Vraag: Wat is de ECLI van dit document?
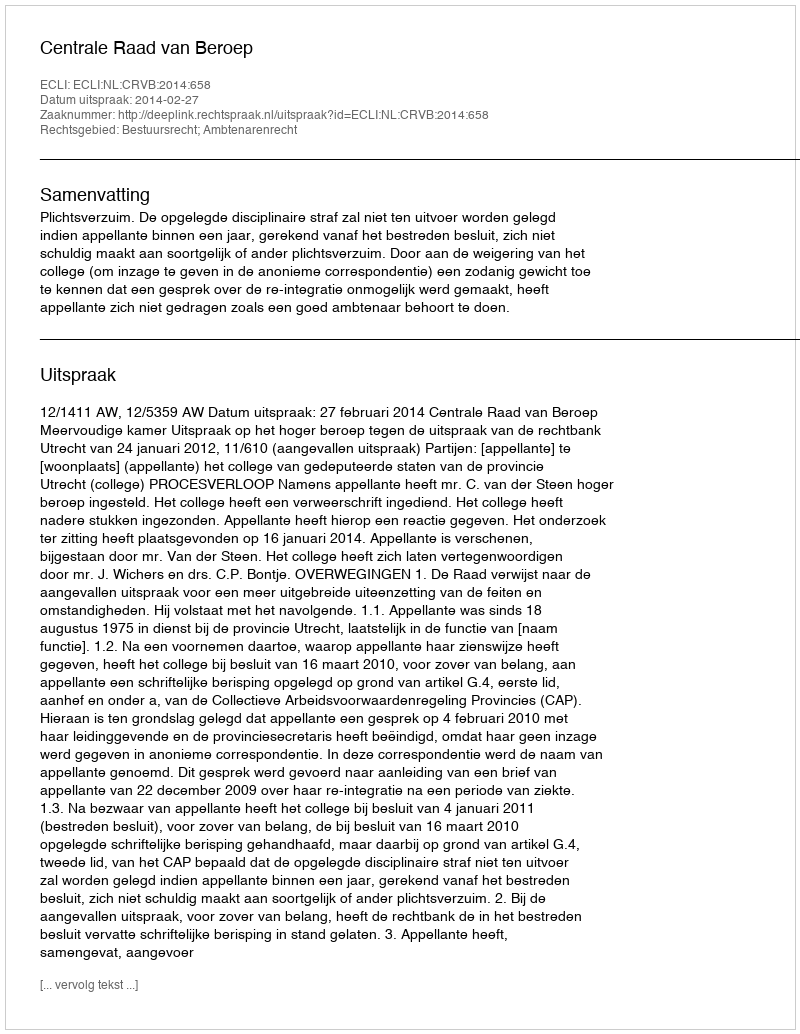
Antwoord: ECLI:NL:CRVB:2014:658